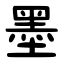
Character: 墨